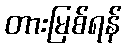
တားမြစ်ရန်